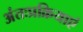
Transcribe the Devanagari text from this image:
अंतःप्रक्रियाएं